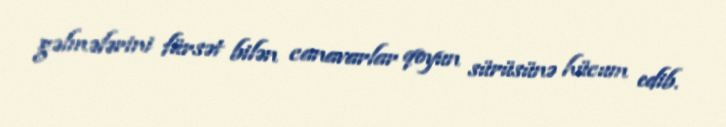
gəlmələrini fürsət bilən canavarlar qoyun sürüsünə hücum edib.